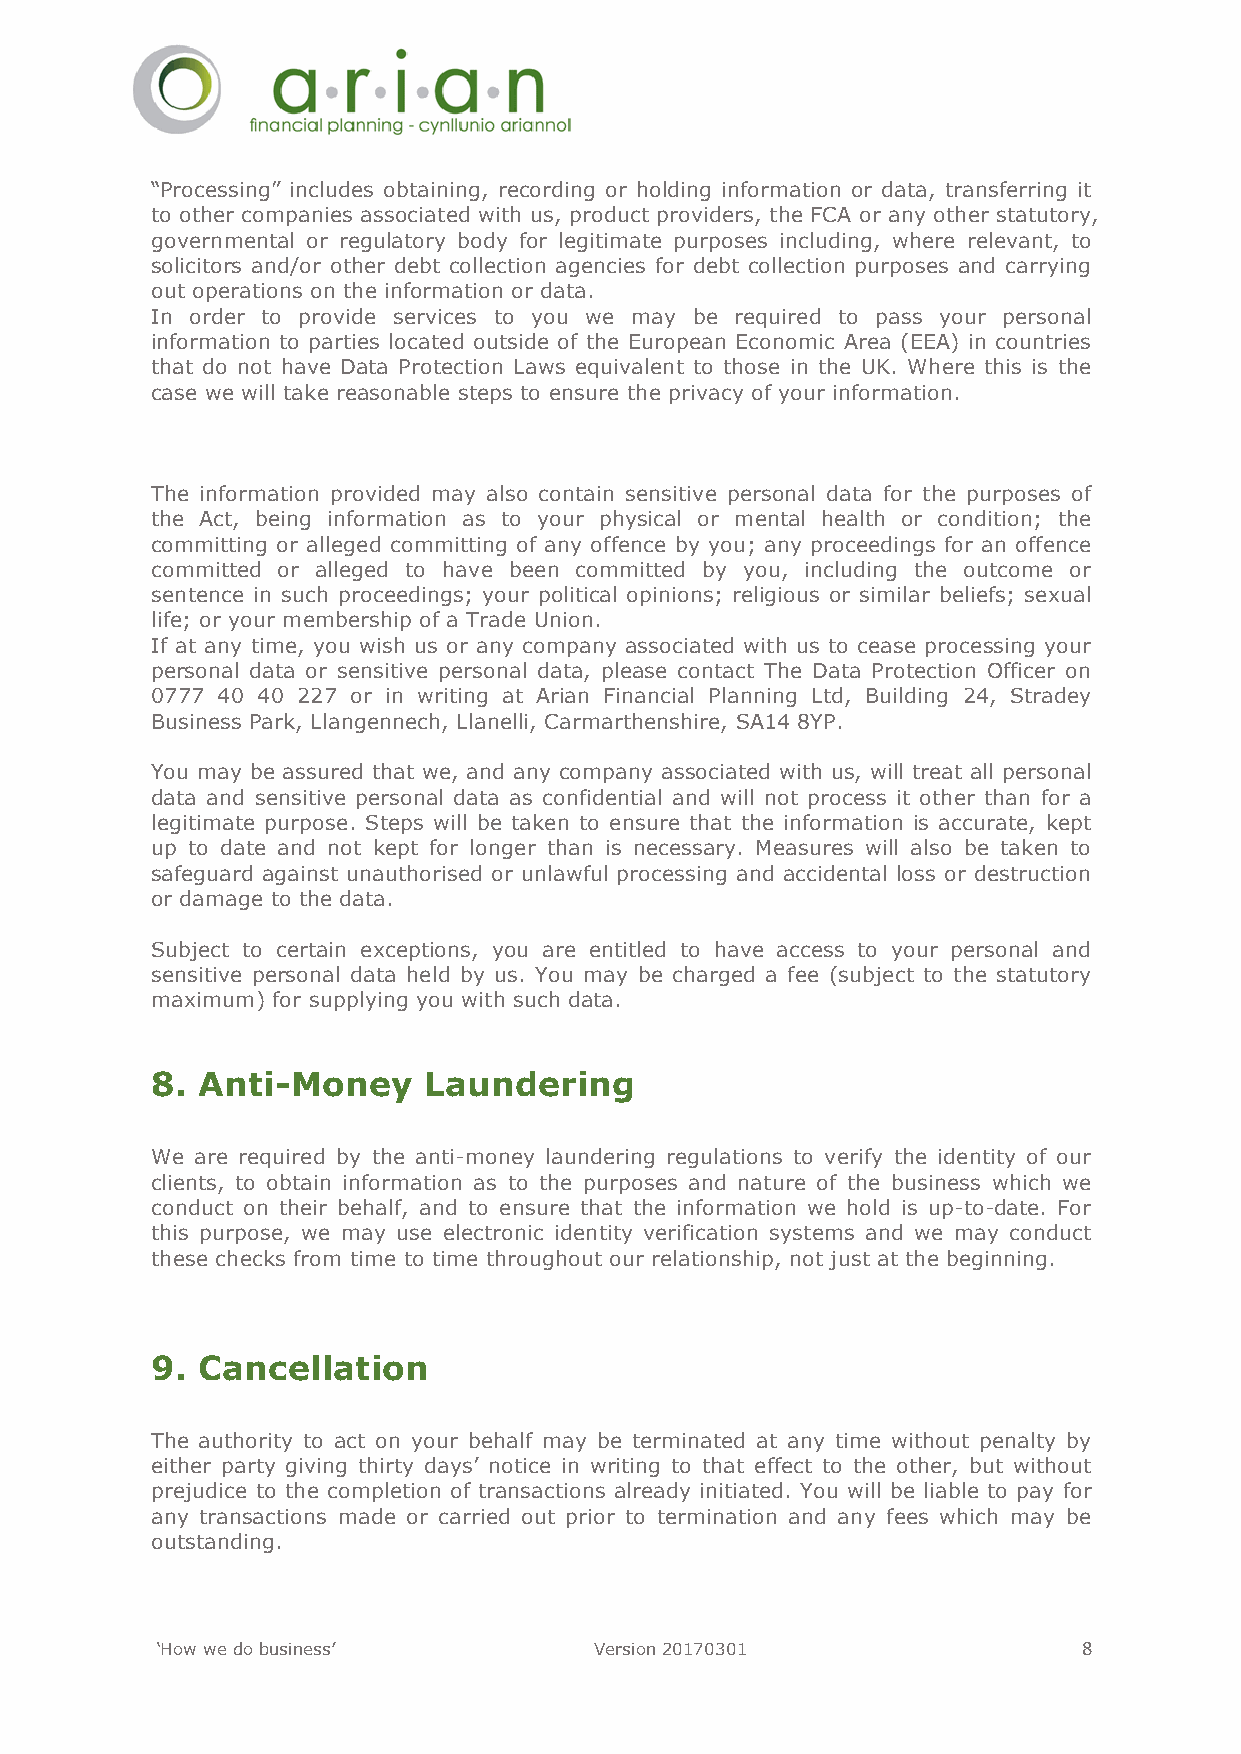
“Processing” includes obtaining, recording or holding information or data, transferring it
 to other companies associated with us, product providers, the FCA or any other statutory,
 governmental or regulatory body for legitimate purposes including, where relevant, to
 solicitors and/or other debt collection agencies for debt collection purposes and carrying
 out operations on the information or data.
 In order to provide services to you we may be required to pass your personal
 information to parties located outside of the European Economic Area (EEA) in countries
 that do not have Data Protection Laws equivalent to those in the UK. Where this is the
 case we will take reasonable steps to ensure the privacy of your information.
 The information provided may also contain sensitive personal data for the purposes of
 the Act, being information as to your physical or mental health or condition; the
 committing or alleged committing of any offence by you; any proceedings for an offence
 committed or alleged to have been committed by you, including the outcome or
 sentence in such proceedings; your political opinions; religious or similar beliefs; sexual
 life; or your membership of a Trade Union.
 If at any time, you wish us or any company associated with us to cease processing your
 personal data or sensitive personal data, please contact The Data Protection Officer on
 0777 40 40 227 or in writing at Arian Financial Planning Ltd, Building 24, Stradey
 Business Park, Llangennech, Llanelli, Carmarthenshire, SA14 8YP.
 You may be assured that we, and any company associated with us, will treat all personal
 data and sensitive personal data as confidential and will not process it other than for a
 legitimate purpose. Steps will be taken to ensure that the information is accurate, kept
 up to date and not kept for longer than is necessary. Measures will also be taken to
 safeguard against unauthorised or unlawful processing and accidental loss or destruction
 or damage to the data.
 Subject to certain exceptions, you are entitled to have access to your personal and
 sensitive personal data held by us. You may be charged a fee (subject to the statutory
 maximum) for supplying you with such data.
 8. Anti-Money     Laundering
 We are required by the anti-money laundering regulations to verify the identity of our
 clients, to obtain information as to the purposes and nature of the business which we
 conduct on their behalf, and to ensure that the information we hold is up-to-date. For
 this purpose, we may use electronic identity verification systems and we may conduct
 these checks from time to time throughout our relationship, not just at the beginning.
 9. Cancellation
 The authority to act on your behalf may be terminated at any time without penalty by
 either party giving thirty days’ notice in writing to that effect to the other, but without
 prejudice to the completion of transactions already initiated. You will be liable to pay for
 any transactions made or carried out prior to termination and any fees which may be
 outstanding.
 ‘How we do business’         Version 20170301                 8